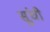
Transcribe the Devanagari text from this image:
सूंची